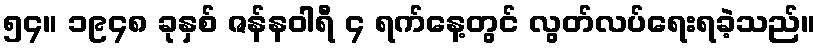
၅၄။ ၁၉၄၈ ခုနှစ် ဇန်နဝါရီ ၄ ရက်နေ့တွင် လွတ်လပ်ရေးရခဲ့သည်။